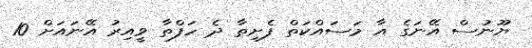
ޔޫނުސް އޭނަގެ އާ މަސައްކަތް ފެށިތާ ދެ ހަފްތާ ވީއިރު އޭނައަށް 10